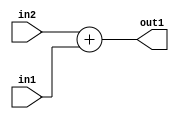
`timescale 1ps / 1ps
/*****************************************************************************
    Verilog RTL Description
    
    
    Created by: Stratus DpOpt 2019.1.01 
*******************************************************************************/

module st_weight_addr_gen_Add_8Ux8U_9U_4_7 (
	in2,
	in1,
	out1
	); /* architecture "behavioural" */ 
input [7:0] in2,
	in1;
output [8:0] out1;
wire [8:0] asc001;

assign asc001 = 
	+(in2)
	+(in1);

assign out1 = asc001;
endmodule

/* CADENCE  ubDzTg0= : u9/ySgnWtBlWxVPRXgAZ4Og= ** DO NOT EDIT THIS LINE ******/